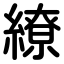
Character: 繚